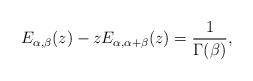
LaTeX: \begin{align*}E_{\alpha, \beta}(z) - z E_{\alpha, \alpha + \beta}(z) = \frac{1}{\Gamma(\beta)},\end{align*}